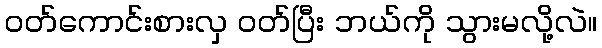
ဝတ်ကောင်းစားလှ ဝတ်ပြီး ဘယ်ကို သွားမလို့လဲ။